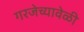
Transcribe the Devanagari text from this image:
गरजेच्यावेळी